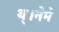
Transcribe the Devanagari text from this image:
थ्।नेमे